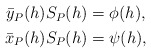
\begin{align*} \begin{aligned}\bar{y}_P(h)S_P(h)&=\phi(h),\\\bar{x}_P(h)S_P(h)&=\psi(h), \end{aligned} \end{align*}